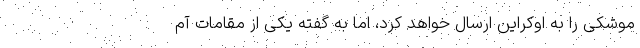
موشکی را به اوکراین ارسال خواهد کرد، اما به گفته یکی از مقامات آم